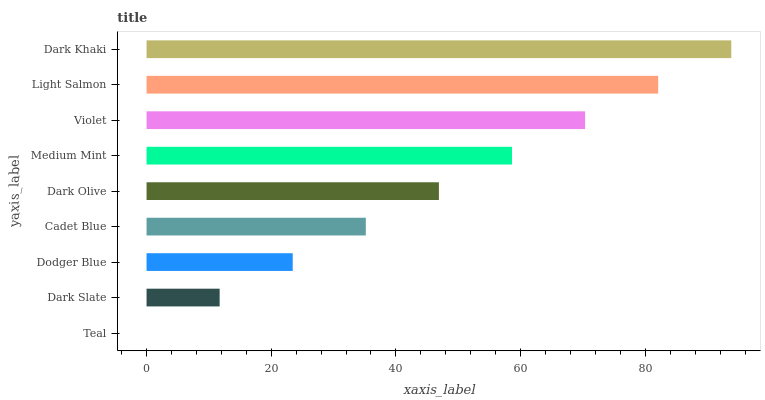
| yaxis_label | bars |
 | --- | --- |
 | Teal | 0 |
 | Dark Slate | 11.7 |
 | Dodger Blue | 23.4 |
 | Cadet Blue | 35.2 |
 | Dark Olive | 46.9 |
 | Medium Mint | 58.6 |
 | Violet | 70.3 |
 | Light Salmon | 82.1 |
 | Dark Khaki | 93.8 |